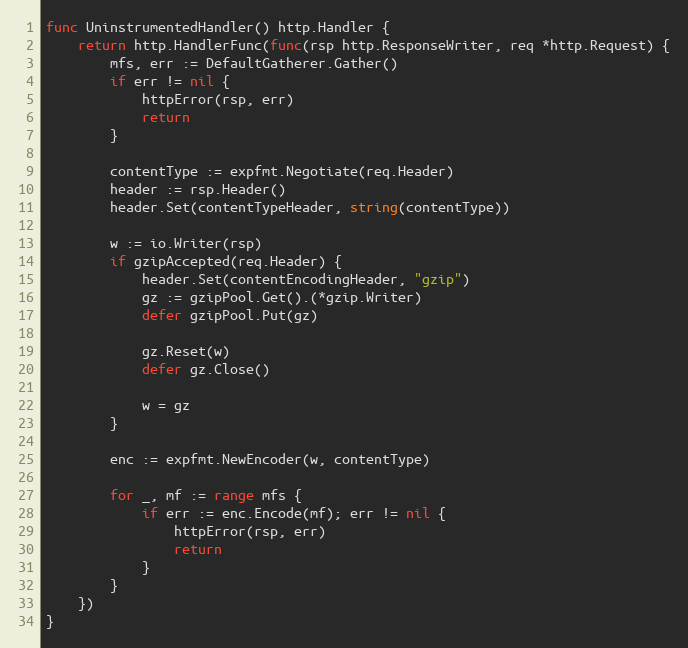
Language: Go
func UninstrumentedHandler() http.Handler {
	return http.HandlerFunc(func(rsp http.ResponseWriter, req *http.Request) {
		mfs, err := DefaultGatherer.Gather()
		if err != nil {
			httpError(rsp, err)
			return
		}

		contentType := expfmt.Negotiate(req.Header)
		header := rsp.Header()
		header.Set(contentTypeHeader, string(contentType))

		w := io.Writer(rsp)
		if gzipAccepted(req.Header) {
			header.Set(contentEncodingHeader, "gzip")
			gz := gzipPool.Get().(*gzip.Writer)
			defer gzipPool.Put(gz)

			gz.Reset(w)
			defer gz.Close()

			w = gz
		}

		enc := expfmt.NewEncoder(w, contentType)

		for _, mf := range mfs {
			if err := enc.Encode(mf); err != nil {
				httpError(rsp, err)
				return
			}
		}
	})
}